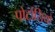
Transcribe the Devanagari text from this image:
पोर्टासियो